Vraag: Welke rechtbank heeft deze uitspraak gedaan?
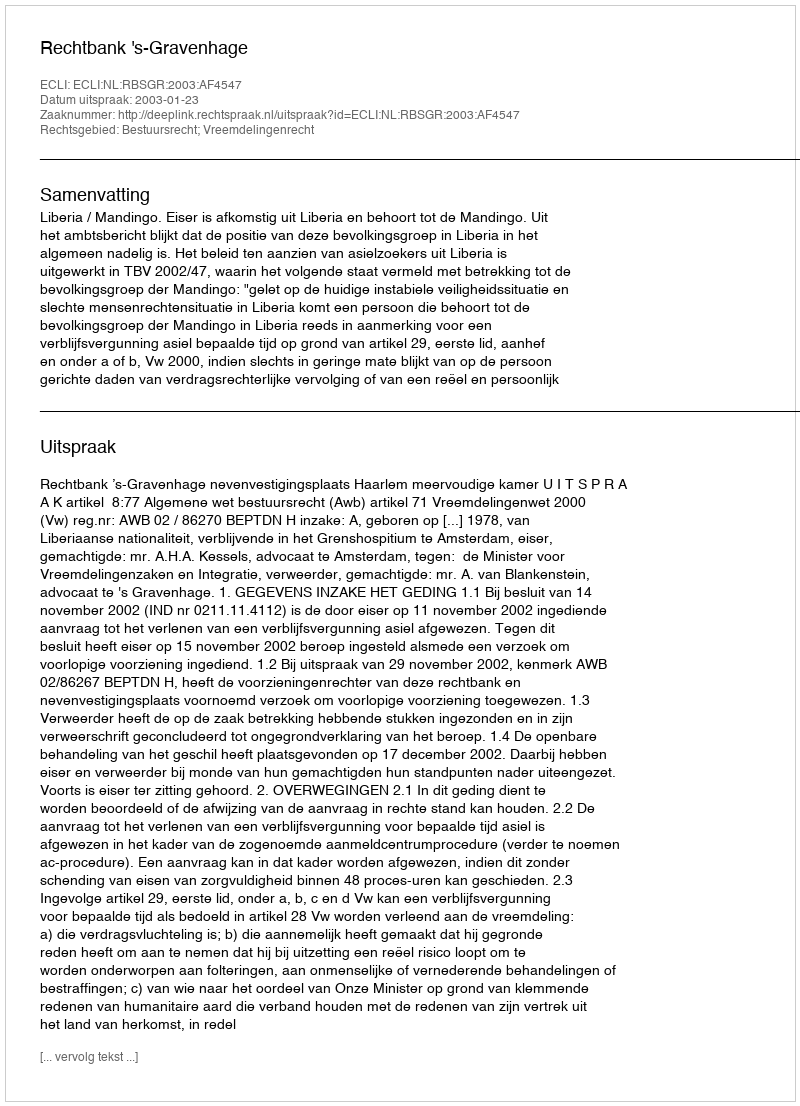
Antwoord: Rechtbank 's-Gravenhage